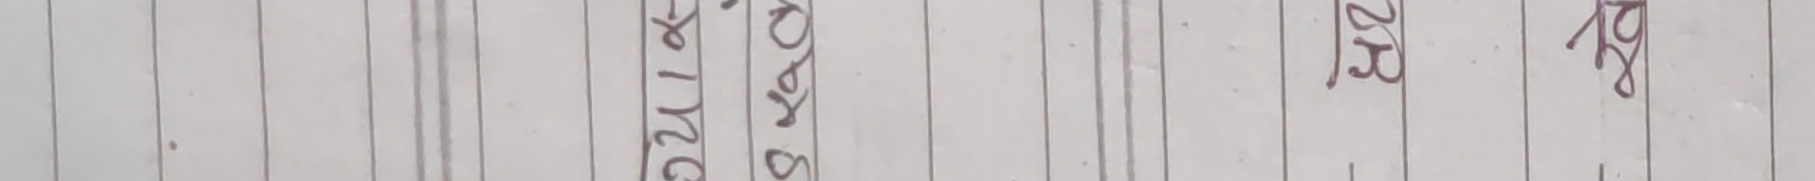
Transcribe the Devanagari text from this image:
संवत् २०८० कोजागरा २०२३ २०२८